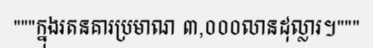
"""ក្នុងរតនគារប្រមាណ ៣,០០០លានដុល្លារ។"""